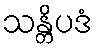
သန္တိပဒံ